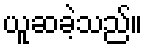
ယူဆခဲ့သည်။